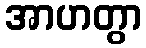
အာဟတွာ